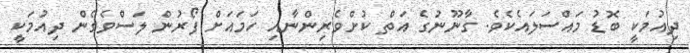
ދިއުމަކީ ބޮޑު މައްސަލައެކެވެ. ގާނޫނުގެ އަތް ކުށްވެރިންނާއި ހަމައަށް ފޯރުން ލަސްވެގެން ދިއުމަކީ